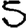
Digit: 5